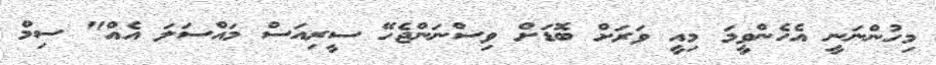
މިހުންނަނީ އެހެންވީމަ މިއީ ވަރަށް ބޮޑަށް ވިސްނަންޖެހޭ ސީރިއަސް މައްސަލަ އެއް" ސިމް